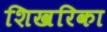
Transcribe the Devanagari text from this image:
शिखरिका